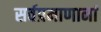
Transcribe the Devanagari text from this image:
सर्वप्रमाणानां